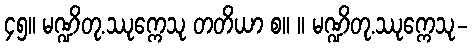
၄၅။ မဏ္ဍိတု.ဿုက္ကေသု တတိယာ စ။ ။ မဏ္ဍိတု.ဿုက္ကေသု-